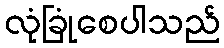
လုံခြုံစေပါသည်